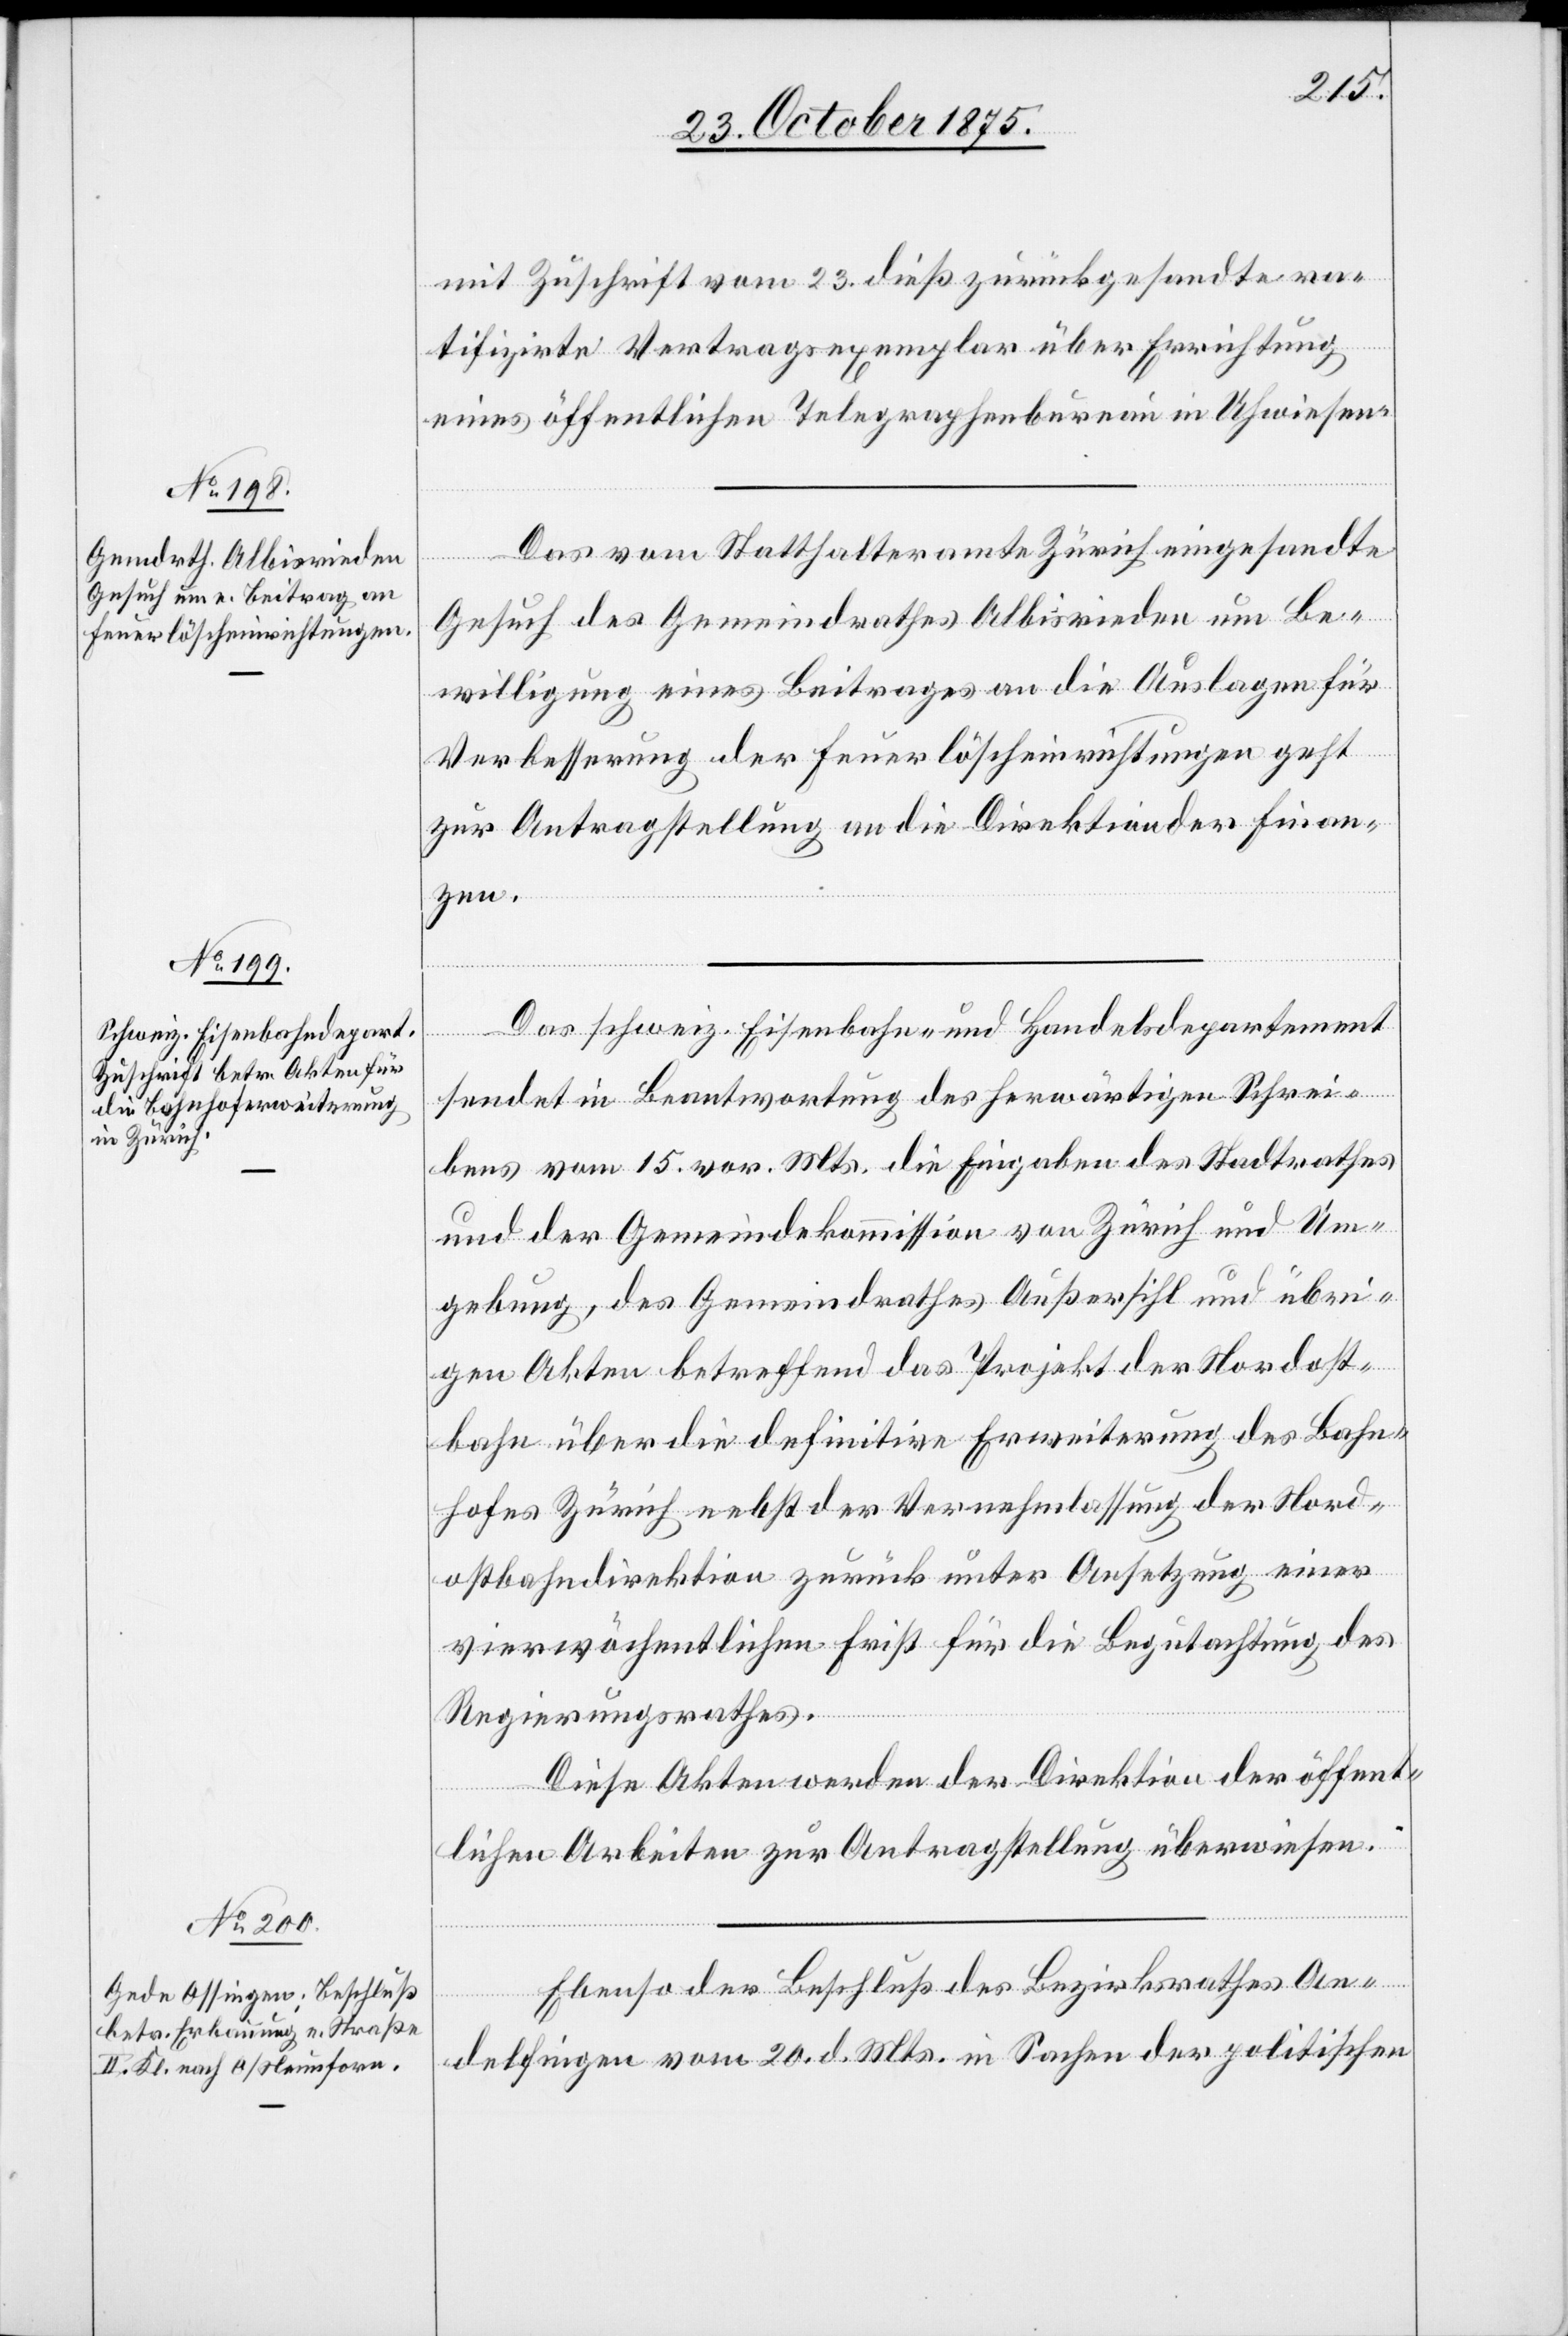
25. October 1875.]
mit Zuschrift vom 23. dieß zurückgesandte ra¬
tifizirte Vertragsexemplar über Errichtung
eines öffentlichen Telegraphenbureau in Uhwiesen.
Das vom Statthalteramte Zürich eingesandte
Gesuch des Gemeindrathes Albisrieden um Be¬
willigung eines Beitrages an die Auslagen für
Verbesserung der Feuerlöscheinrichtungen geht
zur Antragstellung an die Direktion der Finan¬
zen.
Das schweiz. Eisenbahn- und Handelsdepartement
sendet in Beantwortung des herwärtigen Schrei¬
bens vom 15. vor. Mts. die Eingaben des Stadtrathes
und der Gemeindekommission von Zürich und Um¬
gebung, des Gemeindrathes Außersihl und übri¬
gen Akten betreffend das Projekt der Nordost¬
bahn über die definitive Erweiterung des Bahn¬
hofes Zürich nebst der Vernehmlassung der Nord¬
ostbahndirektion zurück unter Ansetzung einer
vierwöchentlichen Frist für die Begutachtung des
Regierungsrathes.
Diese Akten werden der Direktion der öffent¬
lichen Arbeiten zur Antragstellung überwiesen.
Ebenso der Beschluß des Bezirksrathes An¬
delfingen vom 20. d. Mts. in Sachen der politischen